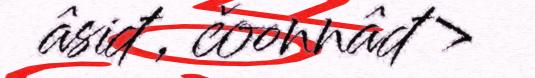
âsiđ , čoonnâđ >